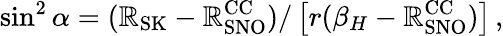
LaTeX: \sin^{2}\alpha={(\mathbb{R}_{\mathrm{{SK}}}-\mathbb{R}_{\mathrm{{SNO}}}^{\mathrm{{CC}}})/\left[r(\beta_{H}-\mathbb{R}_{\mathrm{{SNO}}}^{\mathrm{{CC}}})\right]}\, ,